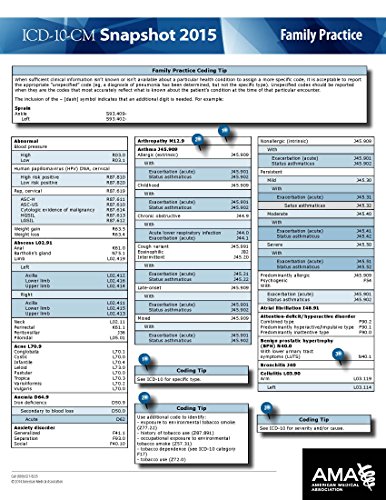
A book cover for ICD-10-CM 2015 Snapshot Card - Family Practice; American Medical Association; Medical Books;